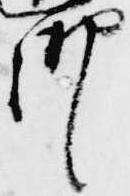
御